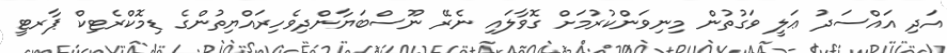
އަދި އައްސަދު ޢަލީ ވަގުތުން މިނިވަންކުރުމަށް ގޮވާލައި ނެރޭ ނޫސްބަޔާންދިވެހިރައްޔިތުންގެ ޑިމޮކްރެޓިކް ޕާރޓީ